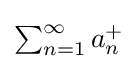
{\textstyle \sum _{n=1}^{\infty }a_{n}^{+}}